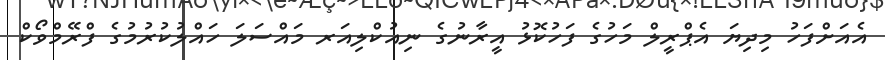
އެއަށްފަހު މިދިޔަ އެޕްރީލް މަހުގެ ފަހުކޮޅު އީރާނުގެ ނިއުކްލިއަރ މައްސަލަ ހައްލުކުރުމުގެ ފްރޭމްވޯކް